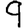
Digit: 9